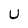
Character: U